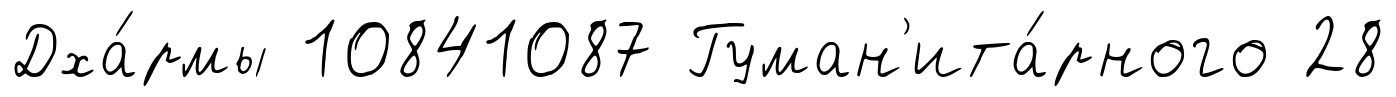
Дха́рмы 10841087 Гуман'ита́рного 28